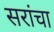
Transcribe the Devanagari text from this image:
सरांचा